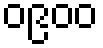
၀၉၀၀